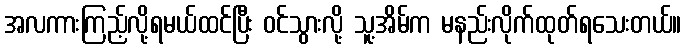
အလကားကြည့်လို့ရမယ်ထင်ပြီး ဝင်သွားလို့ သူ့အိမ်က မနည်းလိုက်ထုတ်ရသေးတယ်။